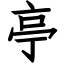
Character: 亭